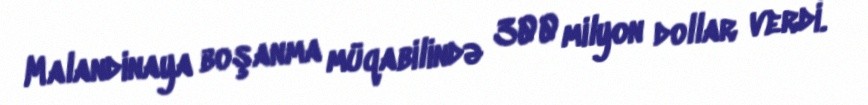
Malandinaya boşanma müqabilində 300 milyon dollar verdi.